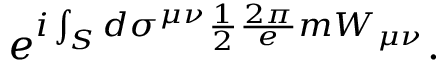
e ^ { i \int _ { S } d \sigma ^ { \mu \nu } \frac { 1 } { 2 } \frac { 2 \pi } { e } m W _ { \mu \nu } } .